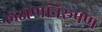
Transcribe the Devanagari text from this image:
लक्षणनिरूपण